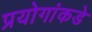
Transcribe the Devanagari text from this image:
प्रयोगांकडे